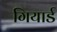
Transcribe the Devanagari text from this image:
गियार्ड